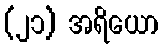
(၂၁) အရိယော